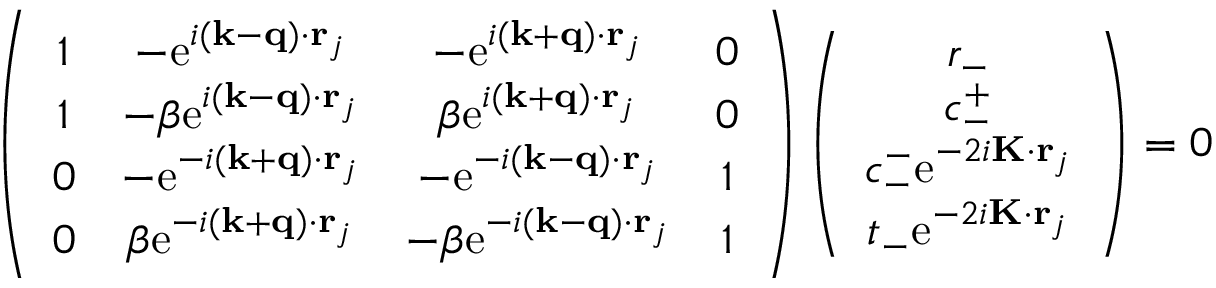
\begin{array} { r } { \left( \begin{array} { c c c c } { 1 } & { - \mathrm { e } ^ { i ( \mathbf { k } - \mathbf { q } ) \cdot \mathbf { r } _ { j } } } & { - \mathrm { e } ^ { i ( \mathbf { k } + \mathbf { q } ) \cdot \mathbf { r } _ { j } } } & { 0 } \\ { 1 } & { - \beta \mathrm { e } ^ { i ( \mathbf { k } - \mathbf { q } ) \cdot \mathbf { r } _ { j } } } & { \beta \mathrm { e } ^ { i ( \mathbf { k } + \mathbf { q } ) \cdot \mathbf { r } _ { j } } } & { 0 } \\ { 0 } & { - \mathrm { e } ^ { - i ( \mathbf { k } + \mathbf { q } ) \cdot \mathbf { r } _ { j } } } & { - \mathrm { e } ^ { - i ( \mathbf { k } - \mathbf { q } ) \cdot \mathbf { r } _ { j } } } & { 1 } \\ { 0 } & { \beta \mathrm { e } ^ { - i ( \mathbf { k } + \mathbf { q } ) \cdot \mathbf { r } _ { j } } } & { - \beta \mathrm { e } ^ { - i ( \mathbf { k } - \mathbf { q } ) \cdot \mathbf { r } _ { j } } } & { 1 } \end{array} \right) \left( \begin{array} { c } { r _ { - } } \\ { c _ { - } ^ { + } } \\ { c _ { - } ^ { - } \mathrm { e } ^ { - 2 i \mathbf { K } \cdot \mathbf { r } _ { j } } } \\ { t _ { - } \mathrm { e } ^ { - 2 i \mathbf { K } \cdot \mathbf { r } _ { j } } } \end{array} \right) = 0 } \end{array}